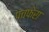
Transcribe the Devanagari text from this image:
पचफेरा